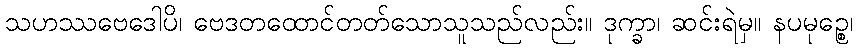
သဟဿဗေဒေါပိ၊ ဗေဒတထောင်တတ်သောသူသည်လည်း။ ဒုက္ခာ၊ ဆင်းရဲမှ။ နပမုဉ္စေ၊